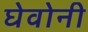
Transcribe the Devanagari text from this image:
घेवोनी